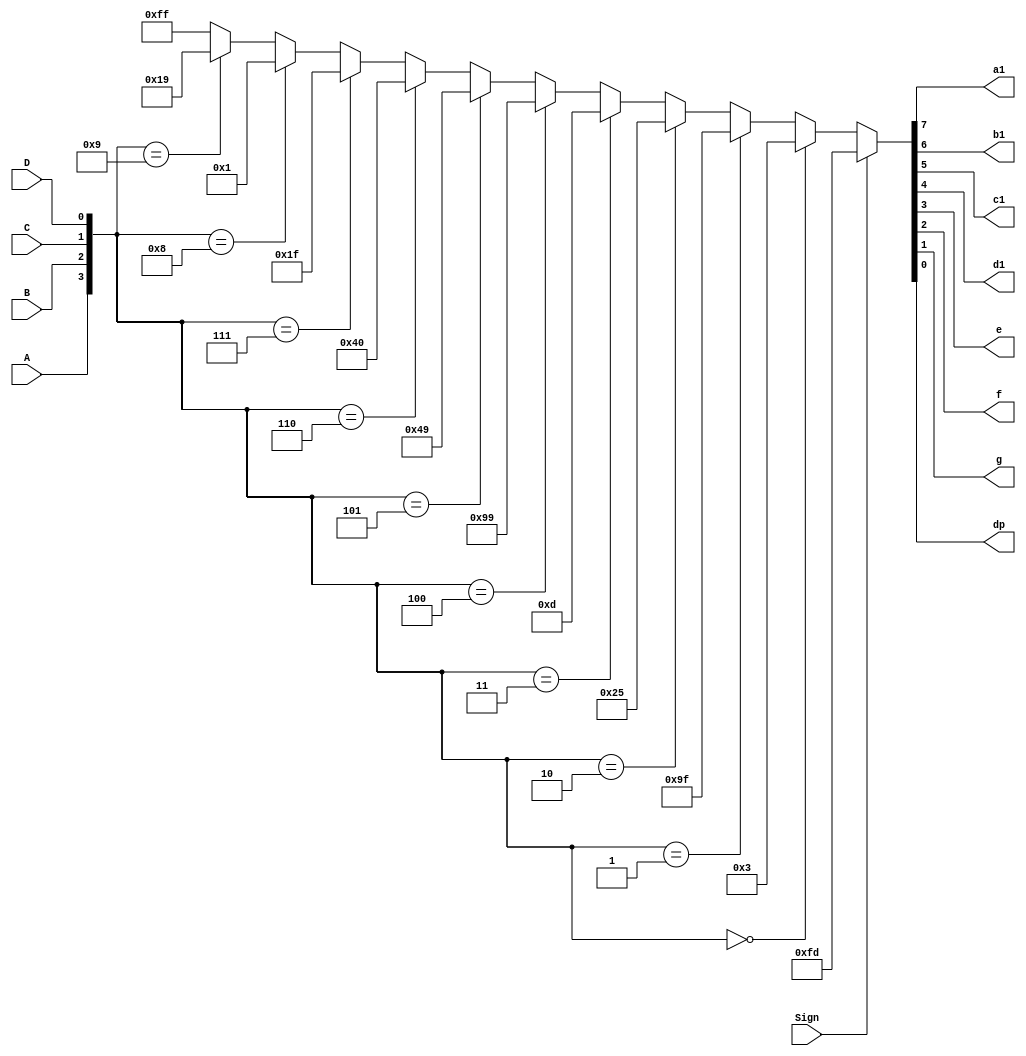
//Decodificador de display de sete segmentos com habilitador para mostrar sinal negativo

module decod7seg(a1,b1,c1,d1,e,f,g,dp, Sign, A,B,C,D);//as entradas em minusculo correspondem s sadas para o display de 7 segmentos 
	input A,B,C,D,Sign; //As entradas ABCD representam um numero binario BCD, Sign representa o bit de sinal
	output a1,b1,c1,d1,e,f,g,dp;// sadas para o diplay de sete segmentos
	
	assign {a1,b1,c1,d1,e,f,g,dp} = Sign?(8'b11111101):({A,B,C,D}==4'b0000)? //Quando o sinal for 1, o display ira mostrar o sinal negativo no lugar de qualquer numero
	(8'b00000011):({A,B,C,D}==4'b0001)?(8'b10011111):({A,B,C,D}==4'b0010)?(8'b00100101):({A,B,C,D}==4'b0011)?//tratamento padro para o resto dos bits para display de sete segmentos
	(8'b00001101):({A,B,C,D}==4'b0100)?(8'b10011001):({A,B,C,D}==4'b0101)?(8'b01001001):
	({A,B,C,D}==4'b0110)?(8'b01000000):({A,B,C,D}==4'b0111)?(8'b00011111):
	({A,B,C,D}==4'b1000)?(8'b00000001):({A,B,C,D}==4'b1001)?(8'b00011001):(8'b11111111);

endmodule